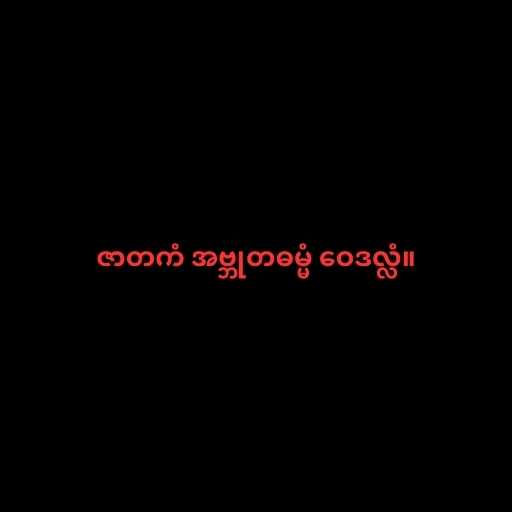
ဇာတကံ အဗ္ဘုတဓမ္မံ ဝေဒလ္လံ။